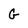
Character: G